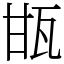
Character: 㽍